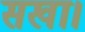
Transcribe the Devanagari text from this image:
सखा।